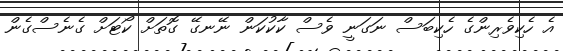
އެ ހެކިވެރިންގެ ހެކިބަސް ނަގަނީ ވެސް ކާކުކަން ނޭނގޭ ގޮތަށް ކޯޓަށް ގެނެސްގެން